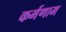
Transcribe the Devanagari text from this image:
कर्मणाम